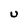
Character: U